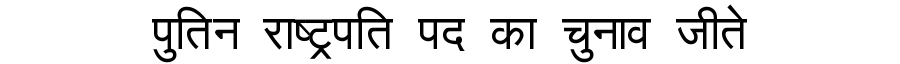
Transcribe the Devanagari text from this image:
पुतिन राष्ट्रपति पद का चुनाव जीते